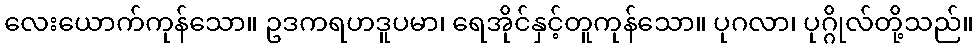
လေးယောက်ကုန်သော။ ဥဒကရဟဒူပမာ၊ ရေအိုင်နှင့်တူကုန်သော။ ပုဂလာ၊ ပုဂ္ဂိုလ်တို့သည်။